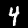
Digit: 4